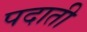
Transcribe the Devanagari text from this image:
पदाती